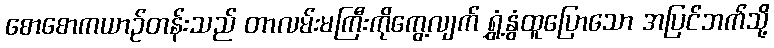
စောစောကယာဉ်တန်းသည် တာလမ်းမကြီးကိုကွေ့လျက် ရွှံ့နွံထူပြောသော အပြင်ဘက်သို့